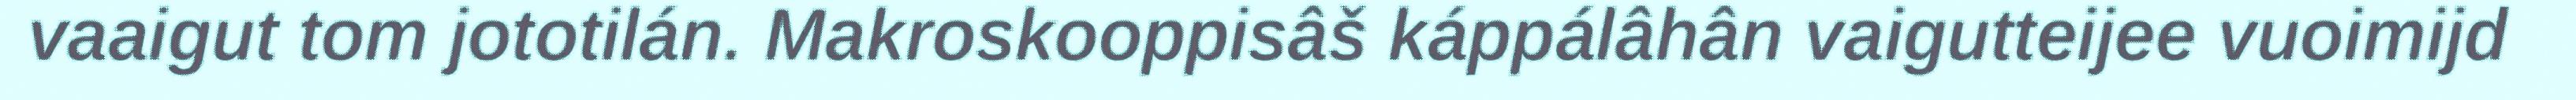
vaaigut tom jototilán. Makroskooppisâš káppálâhân vaigutteijee vuoimijd